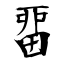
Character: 畱